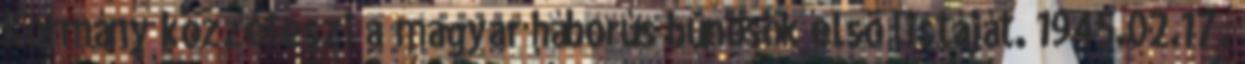
Kormány közzéteszi a magyar háborús bûnösök elsõ listáját. 1945.02.17.